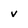
Character: V